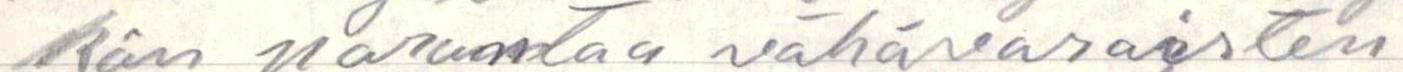
kän parantaa vähävaraisten